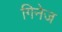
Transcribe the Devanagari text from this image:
गिनेज